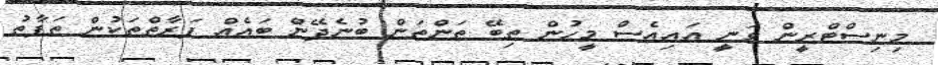
މިނިސްޓްރީން ވަނީ އައިއެސް މީހުން ތިބޭ ތަންތަން ބުނެދޭން ބައެއް ފަރާތްތަކުން ތަފާތު